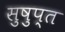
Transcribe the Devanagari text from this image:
सुषुप्‍त